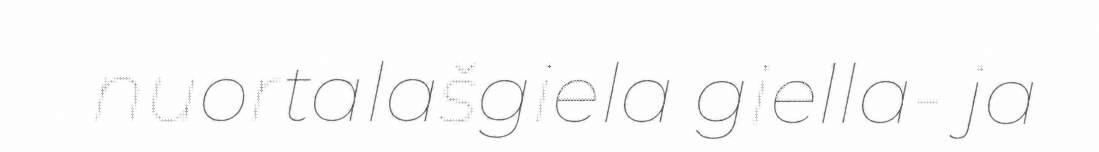
nuortalašgiela giella- ja